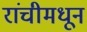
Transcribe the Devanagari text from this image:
रांचीमधून